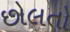
છોલતો